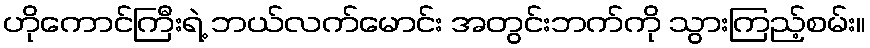
ဟိုကောင်ကြီးရဲ့ ဘယ်လက်မောင်း အတွင်းဘက်ကို သွားကြည့်စမ်း။